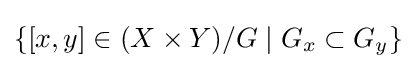
\{[x,y]\in (X\times Y)/G\mid G_{x}\subset G_{y}\}